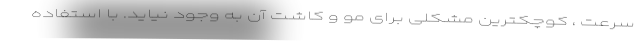
سرعت ، کوچکترین مشکلی برای مو و کاشت آن به وجود نیاید. با استفاده